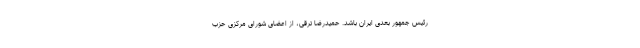
رئیس جمهور بعدی ایران باشد. حمیدرضا ترقی، از اعضای شورای مرکزی حزب